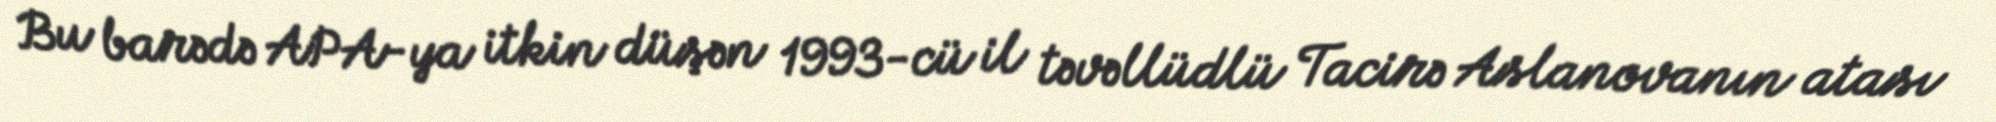
Bu barədə APA-ya itkin düşən 1993-cü il təvəllüdlü Tacirə Aslanovanın atası